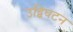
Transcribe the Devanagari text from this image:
उद्विघटन